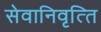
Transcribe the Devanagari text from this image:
सेवानिवृत्‍ति